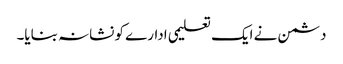
دشمن نے ایک تعلیمی ادارے کو نشانہ بنایا۔